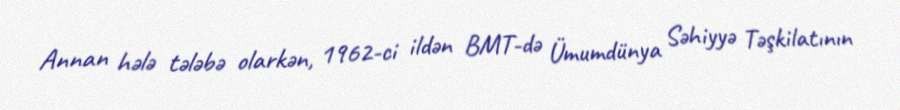
Annan hələ tələbə olarkən, 1962-ci ildən BMT-də Ümumdünya Səhiyyə Təşkilatının